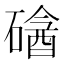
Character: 𥕼